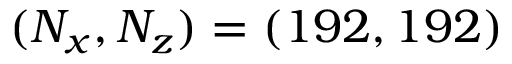
( N _ { x } , N _ { z } ) = ( 1 9 2 , 1 9 2 )